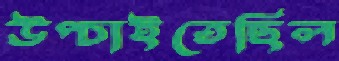
উপ্‌চাইতেছিল